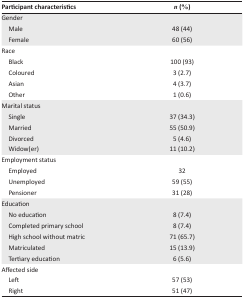
| Participant characteristics | n (%) |
 | --- | --- |
 | <COLSPAN=2> Gender |
 | Male | 48 (44) |
 | Female | 60 (56) |
 | <COLSPAN=2> Race |
 | Black | 100 (93) |
 | Coloured | 3 (2.7) |
 | Asian | 4 (3.7) |
 | Other | 1 (0.6) |
 | <COLSPAN=2> Marital status |
 | Single | 37 (34.3) |
 | Married | 55 (50.9) |
 | Divorced | 5 (4.6) |
 | Widow(er) | 11 (10.2) |
 | <COLSPAN=2> Employment status |
 | Employed | 32 |
 | Unemployed | 59 (55) |
 | Pensioner | 31 (28) |
 | <COLSPAN=2> Education |
 | No education | 8 (7.4) |
 | Completed primary school | 8 (7.4) |
 | High school without matric | 71 (65.7) |
 | Matriculated | 15 (13.9) |
 | Tertiary education | 6 (5.6) |
 | <COLSPAN=2> Affected side |
 | Left | 57 (53) |
 | Right | 51 (47) |